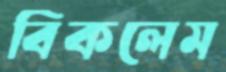
বিকলেম